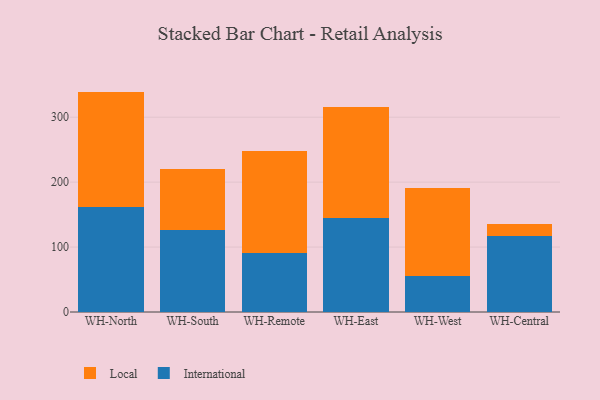
{"axis": {"x": "Warehouse", "y": "Operating Costs (USD K)"}, "legend": ["International", "Local"], "data": [{"x": "WH-North", "y": 161.4, "type": "International"}, {"x": "WH-North", "y": 178.0, "type": "Local"}, {"x": "WH-South", "y": 126.9, "type": "International"}, {"x": "WH-South", "y": 94.0, "type": "Local"}, {"x": "WH-Remote", "y": 90.5, "type": "International"}, {"x": "WH-Remote", "y": 156.9, "type": "Local"}, {"x": "WH-East", "y": 145.3, "type": "International"}, {"x": "WH-East", "y": 170.3, "type": "Local"}, {"x": "WH-West", "y": 55.7, "type": "International"}, {"x": "WH-West", "y": 134.8, "type": "Local"}, {"x": "WH-Central", "y": 117.8, "type": "International"}, {"x": "WH-Central", "y": 18.4, "type": "Local"}]}